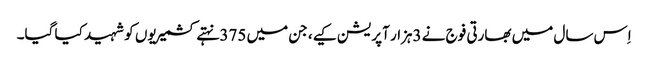
اِس سال میں بھارتی فوج نے 3ہزار آپریشن کیے، جن میں 375 نہتے کشمیریوں کو شہید کیا گیا۔